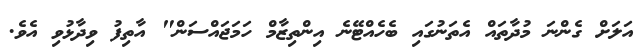
އަލަށް ގެންނަ މުދާތައް އެތަނުގައި ބެހެއްޓޭނެ އިންތިޒާމް ހަމަޖައްސަން" އާތިފު ވިދާޅުވި އެވެ.